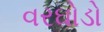
વરઘોડો